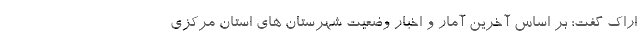
اراک گفت: بر اساس آخرین آمار و اخبار وضعیت شهرستان های استان مرکزی